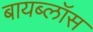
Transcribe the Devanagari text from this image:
बायब्लॉस